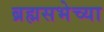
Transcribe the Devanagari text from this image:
ब्रह्मसभेच्या